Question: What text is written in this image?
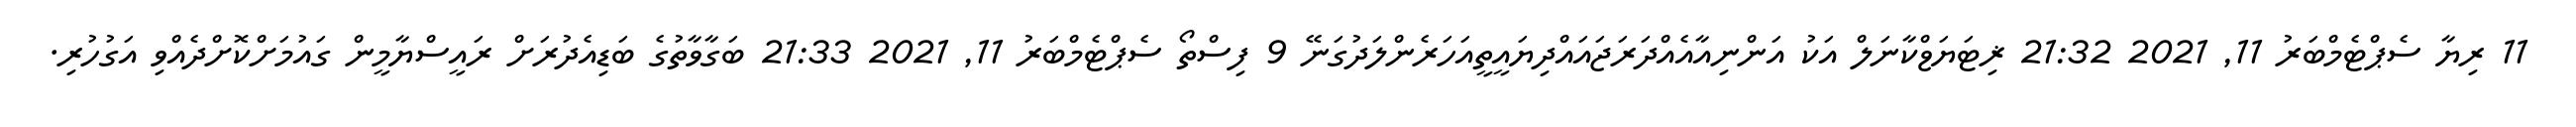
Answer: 11 ރިޔާ ސެޕްޓެމްބަރު 11, 2021 21:32 ޜިޓަޔަޱްކާނަލް އަކު އަންނިއާއެއްދަރަޖައައްދިޔައީތީއަހަރެންލަދުގަނޭ 9 ފިސްތޯ ސެޕްޓެމްބަރު 11, 2021 21:33 ބަގާވާތުގެ ބަޑިއެދުރަށް ރައީސްޔާމީން ގައުމަށްކޮށްދެއްވި އަގުހުރި.